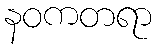
နဝကတရာ